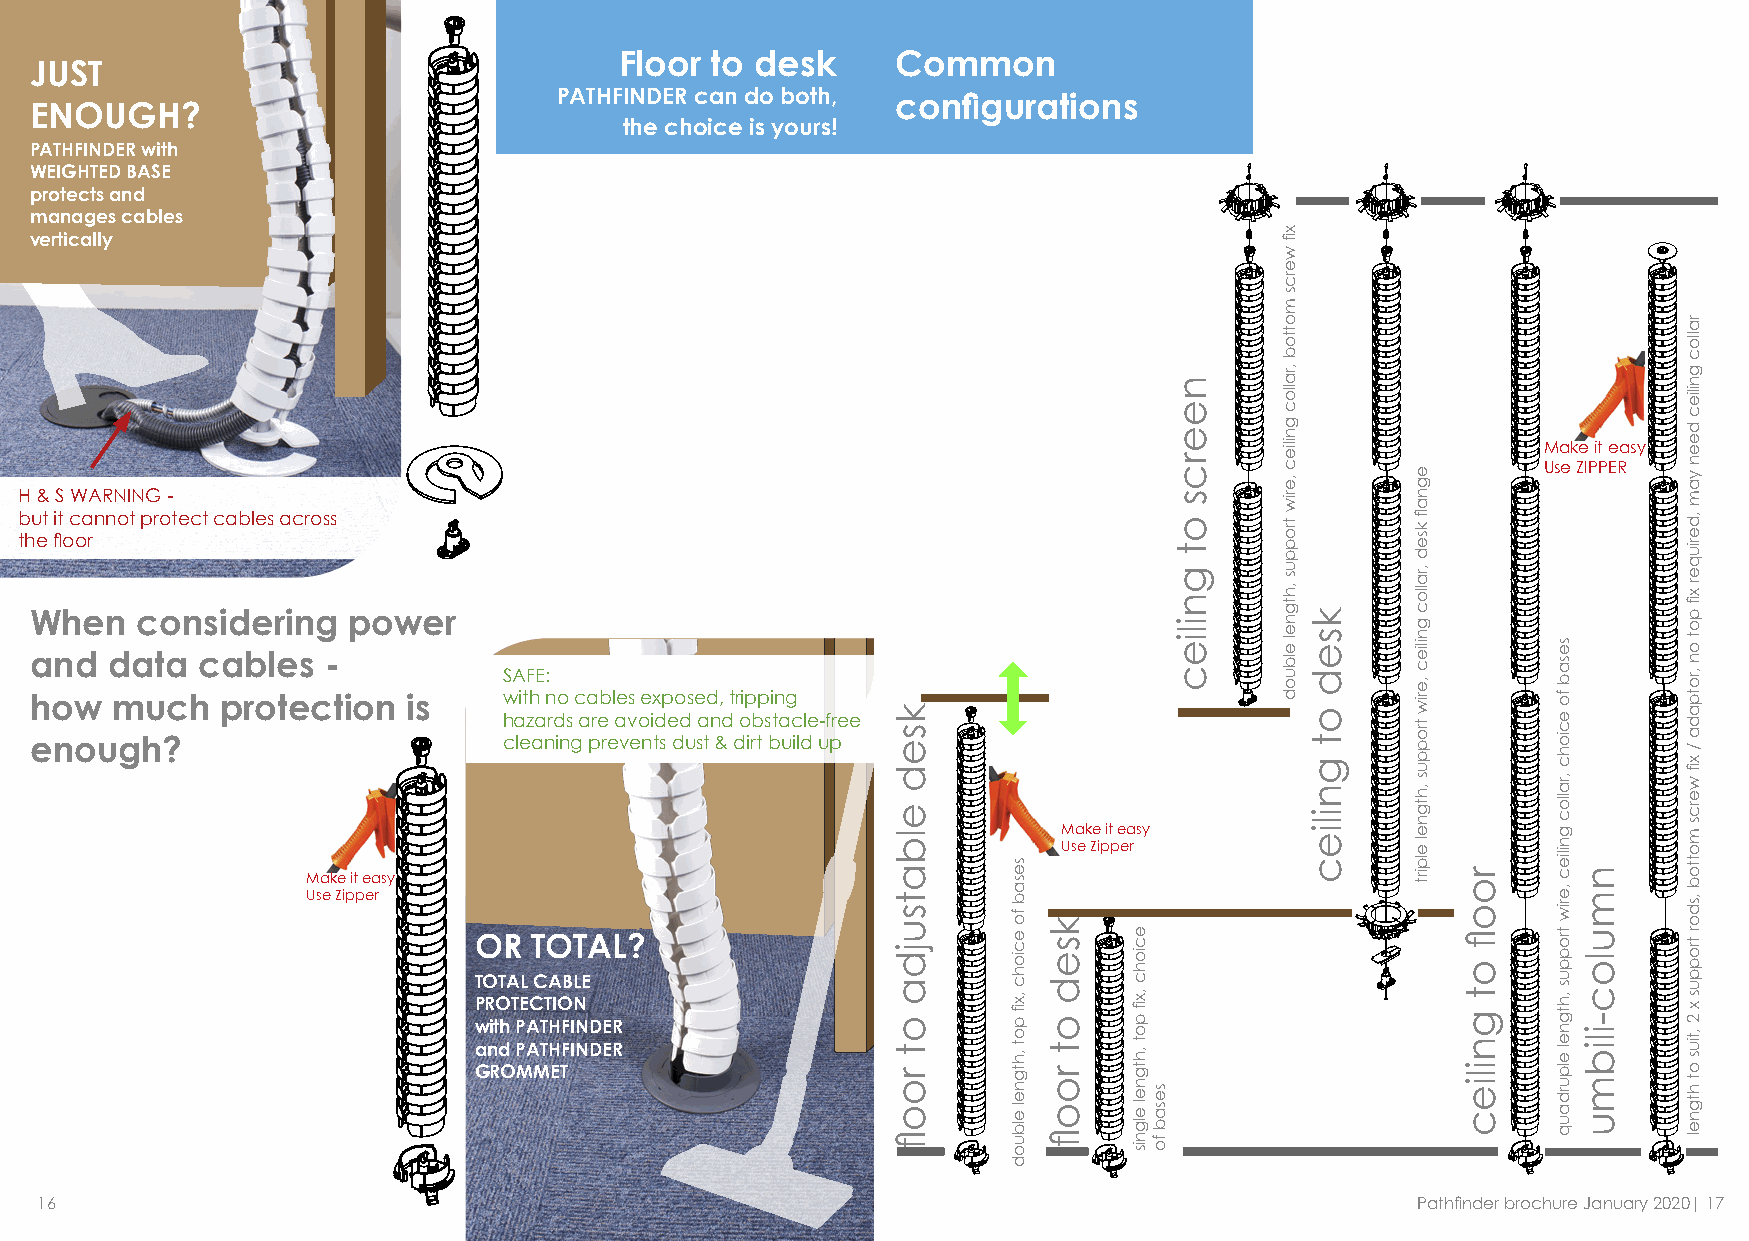
Floor to desk     Common
 JUST
 PATHFINDER can do both, configurations
 ENOUGH?
 the choice is yours!
 PATHFINDER with
 WEIGHTED BASE
 protects and
 manages cables
 vertically
 Make it easy
 Use ZIPPER
 H & S WARNING -
 but it cannot protect cables across
 the floor
 When   considering   power
 and  data  cables  -
 SAFE:
 how  much    protection  is    with no cables exposed, tripping
 hazards are avoided and obstacle-free
 enough?                        cleaning prevents dust & dirt build up
 Make it easy
 Use Zipper
 Make it easy
 Use Zipper
 OR  TOTAL?
 TOTAL CABLE
 PROTECTION
 with PATHFINDER
 and PATHFINDER
 GROMMET
 16                                                                                          Pathfinder brochure January 2020| 17
 ksed
 elbatsujda
 ot
 roofl
 sesab
 fo
 eciohc
 ,xfi
 pot
 ,htgnel
 elbuod
 ksed
 ot
 roofl
 eciohc
 ,xfi
 pot
 ,htgnel
 elgnis
 sesab
 fo
 neercs
 ot
 gniliec
 xfi
 wercs
 mottob
 ,ralloc
 gniliec
 ,eriw
 troppus
 ,htgnel
 elbuod
 ksed
 ot
 gniliec
 egnafl
 ksed
 ,ralloc
 gniliec
 ,eriw
 troppus
 ,htgnel
 elpirt
 roofl
 ot
 gniliec
 sesab
 fo
 eciohc
 ,ralloc
 gniliec
 ,eriw
 troppus
 ,htgnel
 elpurdauq
 nmuloc-ilibmu
 ralloc
 gniliec
 deen
 yam
 ,deriuqer
 xfi
 pot
 on
 ,rotpada
 /
 xfi
 wercs
 mottob
 ,sdor
 troppus
 x
 2
 ,tius
 ot
 htgnel